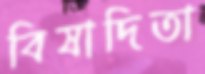
বিষাদিতা